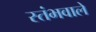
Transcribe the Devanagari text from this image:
स्तंभवाले